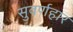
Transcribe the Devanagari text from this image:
सुवर्णहार